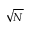
\sqrt { N }